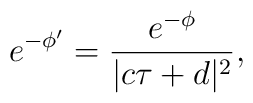
e^{-\phi'} = \frac{e^{-\phi}}{|c\tau +d|^2},